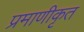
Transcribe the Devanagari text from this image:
प्रमाणीकृत